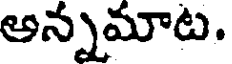
అన్నమాట.